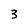
Character: 3